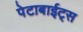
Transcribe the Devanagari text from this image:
पेटाबाईट्स